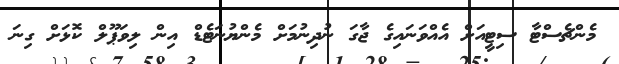
މެންޗެސްޓާ ސިޓީއަށް އެއްވަނައިގެ ޖާގަ ނުދިނުމަށް މެންޔުނަޓެޑް އިން ލިވަޕޫލް ކޮޅަށް ގިނަ